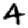
Digit: 4